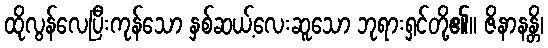
ထိုလွန်လေပြီးကုန်သော နှစ်ဆယ့်လေးဆူသော ဘုရားရှင်တို့၏။ ဇိနာနန္တိ၊